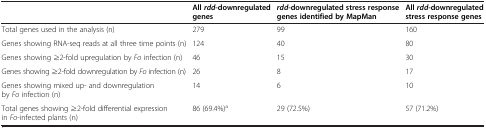
<table><thead><tr><td></td><td><b>All<i>rdd</i>-downregulated genes</b></td><td><b><i>rdd</i>-downregulated stress response genes identified by MapMan</b></td><td><b>All<i>rdd</i>-downregulated stress response genes</b></td></tr></thead><tbody><tr><td>Total genes used in the analysis (n)</td><td>279</td><td>99</td><td>160</td></tr><tr><td>Genes showing RNA-seq reads at all three time points (n)</td><td>124</td><td>40</td><td>80</td></tr><tr><td>Genes showing ≥2-fold upregulation by <i>Fo</i> infection (n)</td><td>46</td><td>15</td><td>30</td></tr><tr><td>Genes showing ≥2-fold downregulation by <i>Fo</i> infection (n)</td><td>26</td><td>8</td><td>17</td></tr><tr><td>Genes showing mixed up- and downregulation by <i>Fo</i> infection (n)</td><td>14</td><td>6</td><td>10</td></tr><tr><td>Total genes showing ≥2-fold differential expression in <i>Fo</i>-infected plants (n)</td><td>86 (69.4%)<sup>a</sup></td><td>29 (72.5%)</td><td>57 (71.2%)</td></tr></tbody></table>